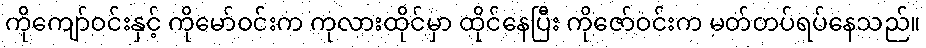
ကိုကျော်ဝင်းနှင့် ကိုမော်ဝင်းက ကုလားထိုင်မှာ ထိုင်နေပြီး ကိုဇော်ဝင်းက မတ်တပ်ရပ်နေသည်။